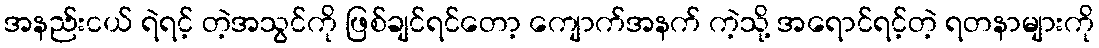
အနည်းငယ် ရဲရင့် တဲ့အသွင်ကို ဖြစ်ချင်ရင်တော့ ကျောက်အနက် ကဲ့သို့ အရောင်ရင့်တဲ့ ရတနာများကို